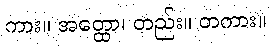
ကား။ အတ္ထော၊ တည်း။ တကား။